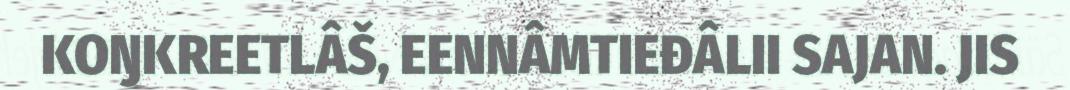
KOŊKREETLÂŠ, EENNÂMTIEĐÂLII SAJAN. JIS